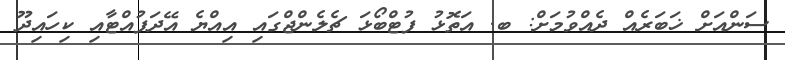
ސަންއަށް ޚަބަރެއް ދެއްވުމަށް: ބ. އަތޮޅު ފުޓްބޯޅަ ޗެލެންޖްގައި އިއްޔެ އޭދަފުއްޓާއި ކިހައިދޫ